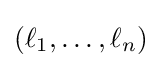
(\ell _{1},\ldots ,\ell _{n})